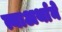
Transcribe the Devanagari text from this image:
त्याअर्थाने